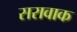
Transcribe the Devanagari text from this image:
सरावाक